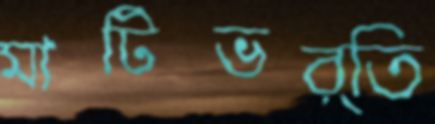
মাটিভর্তি